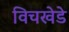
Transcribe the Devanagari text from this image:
विचखेडे